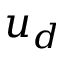
u _ { d }